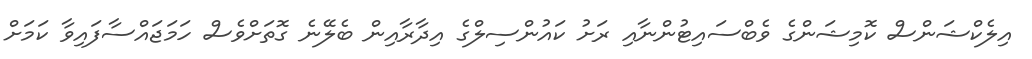
އިލެކްޝަންސް ކޮމިޝަންގެ ވެބްސައިޓުންނާއި ރަށު ކައުންސިލްގެ އިދާރާއިން ބެލޭނެ ގޮތަށްވެސް ހަމަޖައްސާފައިވާ ކަމަށް